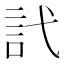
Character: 𬢜